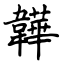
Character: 韡